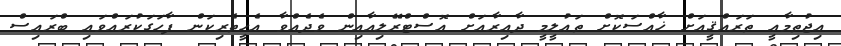
އިޖުތިމާޢީ ތަރައްޤީއަށް ޚާއްސަކޮށް ތަޢުލީމީ ދާއިރާއަށް އޮސްޓްރޭލިއާއިން ވެދެއްވާ އެހީތެރިކަން ފާހަގަކުރައްވައި ބްރައިސް